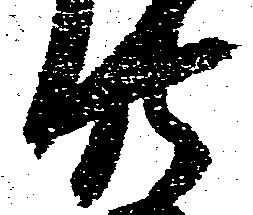
廿